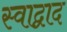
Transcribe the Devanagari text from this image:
स्वाद्वाद